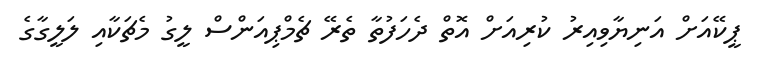
ޕީކޭއަށް އަނިޔާވިއިރު ކުރިއަށް އޮތް ދެހަފުތާ ތެރޭ ޗެމްޕިއަންސް ލީގު މެޗަކާއި ލަލީގާގެ